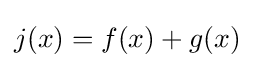
j(x)=f(x)+g(x)